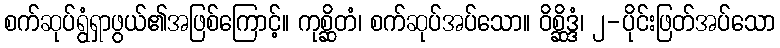
စက်ဆုပ်ရွံရှာဖွယ်၏အဖြစ်ကြောင့်။ ကုစ္ဆိတံ၊ စက်ဆုပ်အပ်သော။ ဝိစ္ဆိဒ္ဒံ၊ ၂-ပိုင်းဖြတ်အပ်သော